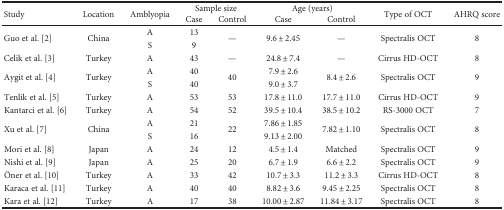
<table><thead><tr><td rowspan="2"><b>Study</b></td><td rowspan="2"><b>Location</b></td><td rowspan="2"><b>Amblyopia</b></td><td colspan="2"><b>Sample size</b></td><td colspan="2"><b>Age (years)</b></td><td rowspan="2"><b>Type of OCT</b></td><td rowspan="2"><b>AHRQ score</b></td></tr><tr><td><b>Case</b></td><td><b>Control</b></td><td><b>Case</b></td><td><b>Control</b></td></tr></thead><tbody><tr><td rowspan="2">Guo et al. [2]</td><td rowspan="2">China</td><td>A</td><td>13</td><td rowspan="2">—</td><td rowspan="2">9.6 ± 2.45</td><td rowspan="2">—</td><td rowspan="2">Spectralis OCT</td><td rowspan="2">8</td></tr><tr><td>S</td><td>9</td></tr><tr><td>Celik et al. [3]</td><td>Turkey</td><td>A</td><td>43</td><td>—</td><td>24.8 ± 7.4</td><td>—</td><td>Cirrus HD-OCT</td><td>8</td></tr><tr><td rowspan="2">Aygit et al. [4]</td><td rowspan="2">Turkey</td><td>A</td><td>40</td><td rowspan="2">40</td><td>7.9 ± 2.6</td><td rowspan="2">8.4 ± 2.6</td><td rowspan="2">Spectralis OCT</td><td rowspan="2">9</td></tr><tr><td>S</td><td>40</td><td>9.0 ± 3.7</td></tr><tr><td>Tenlik et al. [5]</td><td>Turkey</td><td>A</td><td>53</td><td>53</td><td>17.8 ± 11.0</td><td>17.7 ± 11.0</td><td>Cirrus HD-OCT</td><td>9</td></tr><tr><td>Kantarci et al. [6]</td><td>Turkey</td><td>A</td><td>54</td><td>52</td><td>39.5 ± 10.4</td><td>38.5 ± 10.2</td><td>RS-3000 OCT</td><td>7</td></tr><tr><td rowspan="2">Xu et al. [7]</td><td rowspan="2">China</td><td>A</td><td>21</td><td rowspan="2">22</td><td>7.86 ± 1.85</td><td rowspan="2">7.82 ± 1.10</td><td rowspan="2">Spectralis OCT</td><td rowspan="2">8</td></tr><tr><td>S</td><td>16</td><td>9.13 ± 2.00</td></tr><tr><td>Mori et al. [8]</td><td>Japan</td><td>A</td><td>24</td><td>12</td><td>4.5 ± 1.4</td><td>Matched</td><td>Spectralis OCT</td><td>9</td></tr><tr><td>Nishi et al. [9]</td><td>Japan</td><td>A</td><td>25</td><td>20</td><td>6.7 ± 1.9</td><td>6.6 ± 2.2</td><td>Spectralis OCT</td><td>9</td></tr><tr><td>Öner et al. [10]</td><td>Turkey</td><td>A</td><td>33</td><td>42</td><td>10.7 ± 3.3</td><td>11.2 ± 3.3</td><td>Cirrus HD-OCT</td><td>8</td></tr><tr><td>Karaca et al. [11]</td><td>Turkey</td><td>A</td><td>40</td><td>40</td><td>8.82 ± 3.6</td><td>9.45 ± 2.25</td><td>Spectralis OCT</td><td>8</td></tr><tr><td>Kara et al. [12]</td><td>Turkey</td><td>A</td><td>17</td><td>38</td><td>10.00 ± 2.87</td><td>11.84 ± 3.17</td><td>Spectralis OCT</td><td>8</td></tr></tbody></table>